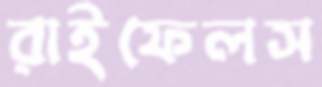
রাইফেলস